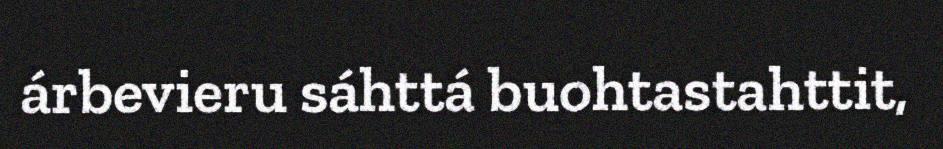
árbevieru sáhttá buohtastahttit,